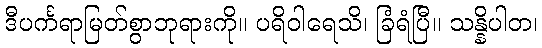
ဒီပင်္ကရာမြတ်စွာဘုရားကို။ ပရိဝါရေသိ၊ ခြံရံပြီ။ သန္နိပါတ၊